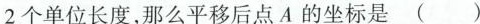
2个单位长度，那么平移后点A的坐标是()